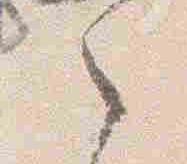
之